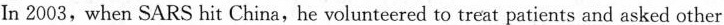
In 2003, when SARS hit China, he volunteered to treat patients and asked other